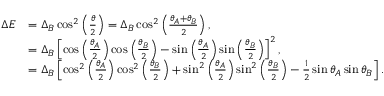
\begin{array} { r l } { \Delta E } & { = \Delta _ { B } \cos ^ { 2 } \left( \frac { \theta } { 2 } \right) = \Delta _ { B } \cos ^ { 2 } \left( \frac { \theta _ { A } + \theta _ { B } } { 2 } \right) , } \\ & { = \Delta _ { B } \left[ \cos \left( \frac { \theta _ { A } } { 2 } \right) \cos \left( \frac { \theta _ { B } } { 2 } \right) - \sin \left( \frac { \theta _ { A } } { 2 } \right) \sin \left( \frac { \theta _ { B } } { 2 } \right) \right] ^ { 2 } , } \\ & { = \Delta _ { B } \left[ \cos ^ { 2 } \left( \frac { \theta _ { A } } { 2 } \right) \cos ^ { 2 } \left( \frac { \theta _ { B } } { 2 } \right) + \sin ^ { 2 } \left( \frac { \theta _ { A } } { 2 } \right) \sin ^ { 2 } \left( \frac { \theta _ { B } } { 2 } \right) - \frac { 1 } { 2 } \sin \theta _ { A } \sin \theta _ { B } \right] . } \end{array}